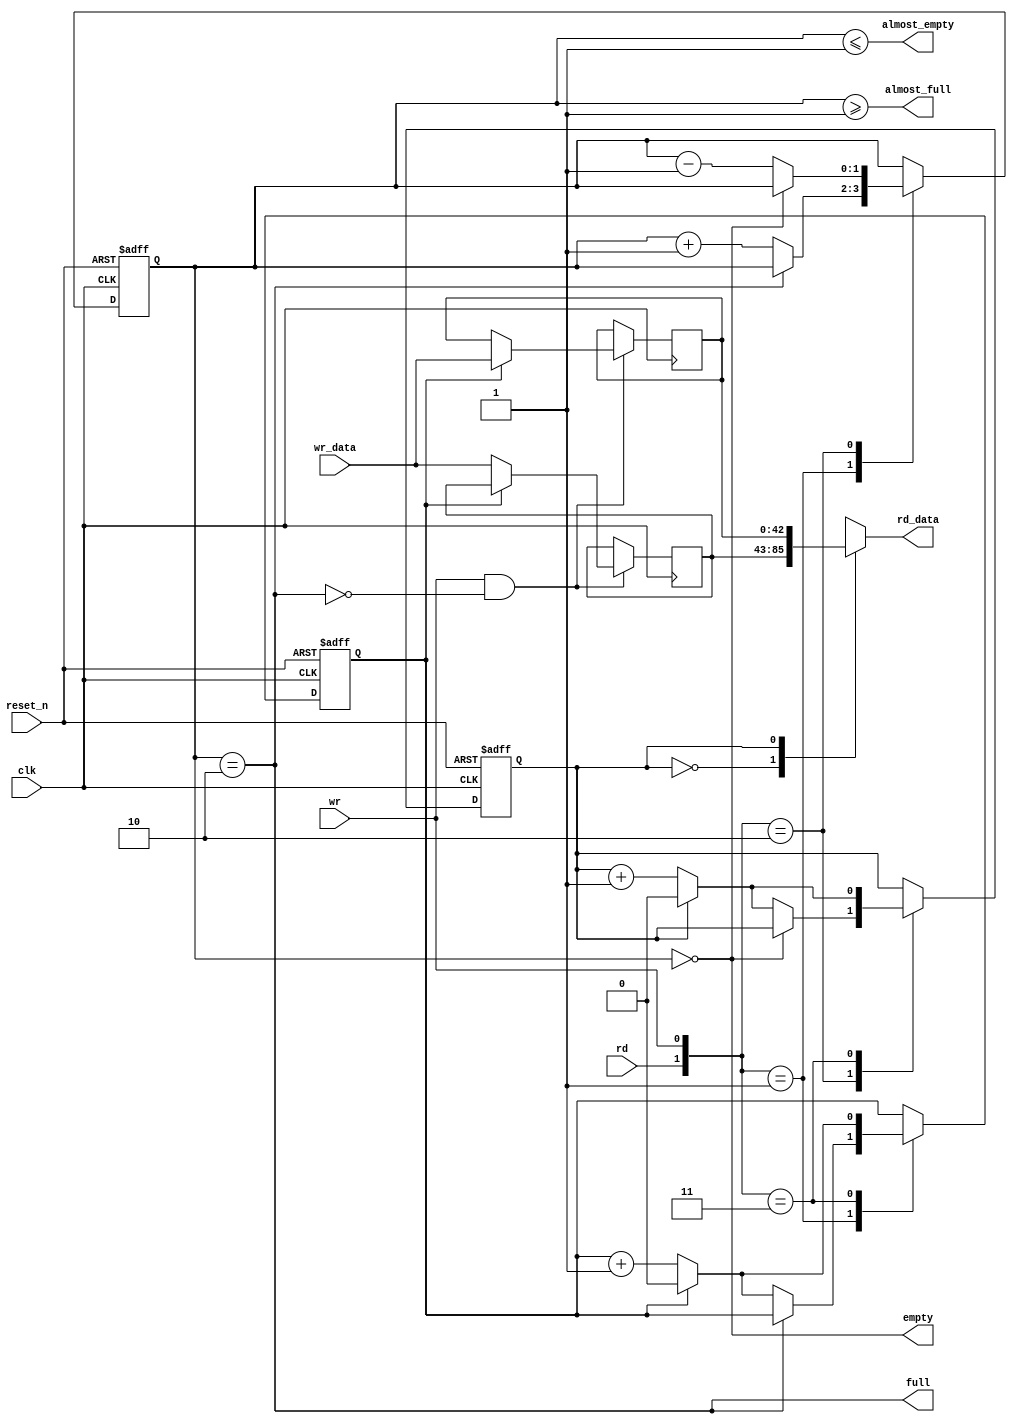
module NIOS_Sys_sdram_input_efifo_module (
                                            clk,
                                            rd,
                                            reset_n,
                                            wr,
                                            wr_data,
                                            almost_empty,
                                            almost_full,
                                            empty,
                                            full,
                                            rd_data
                                         )
;
  output           almost_empty;
  output           almost_full;
  output           empty;
  output           full;
  output  [ 42: 0] rd_data;
  input            clk;
  input            rd;
  input            reset_n;
  input            wr;
  input   [ 42: 0] wr_data;
  wire             almost_empty;
  wire             almost_full;
  wire             empty;
  reg     [  1: 0] entries;
  reg     [ 42: 0] entry_0;
  reg     [ 42: 0] entry_1;
  wire             full;
  reg              rd_address;
  reg     [ 42: 0] rd_data;
  wire    [  1: 0] rdwr;
  reg              wr_address;
  assign rdwr = {rd, wr};
  assign full = entries == 2;
  assign almost_full = entries >= 1;
  assign empty = entries == 0;
  assign almost_empty = entries <= 1;
  always @(entry_0 or entry_1 or rd_address)
    begin
      case (rd_address) 
          1'd0: begin
              rd_data = entry_0;
          end 
          1'd1: begin
              rd_data = entry_1;
          end 
          default: begin
          end 
      endcase 
    end
  always @(posedge clk or negedge reset_n)
    begin
      if (reset_n == 0)
        begin
          wr_address <= 0;
          rd_address <= 0;
          entries <= 0;
        end
      else 
        case (rdwr) 
            2'd1: begin
                if (!full)
                  begin
                    entries <= entries + 1;
                    wr_address <= (wr_address == 1) ? 0 : (wr_address + 1);
                  end
            end 
            2'd2: begin
                if (!empty)
                  begin
                    entries <= entries - 1;
                    rd_address <= (rd_address == 1) ? 0 : (rd_address + 1);
                  end
            end 
            2'd3: begin
                wr_address <= (wr_address == 1) ? 0 : (wr_address + 1);
                rd_address <= (rd_address == 1) ? 0 : (rd_address + 1);
            end 
            default: begin
            end 
        endcase 
    end
  always @(posedge clk)
    begin
      if (wr & !full)
          case (wr_address) 
              1'd0: begin
                  entry_0 <= wr_data;
              end 
              1'd1: begin
                  entry_1 <= wr_data;
              end 
              default: begin
              end 
          endcase 
    end
endmodule